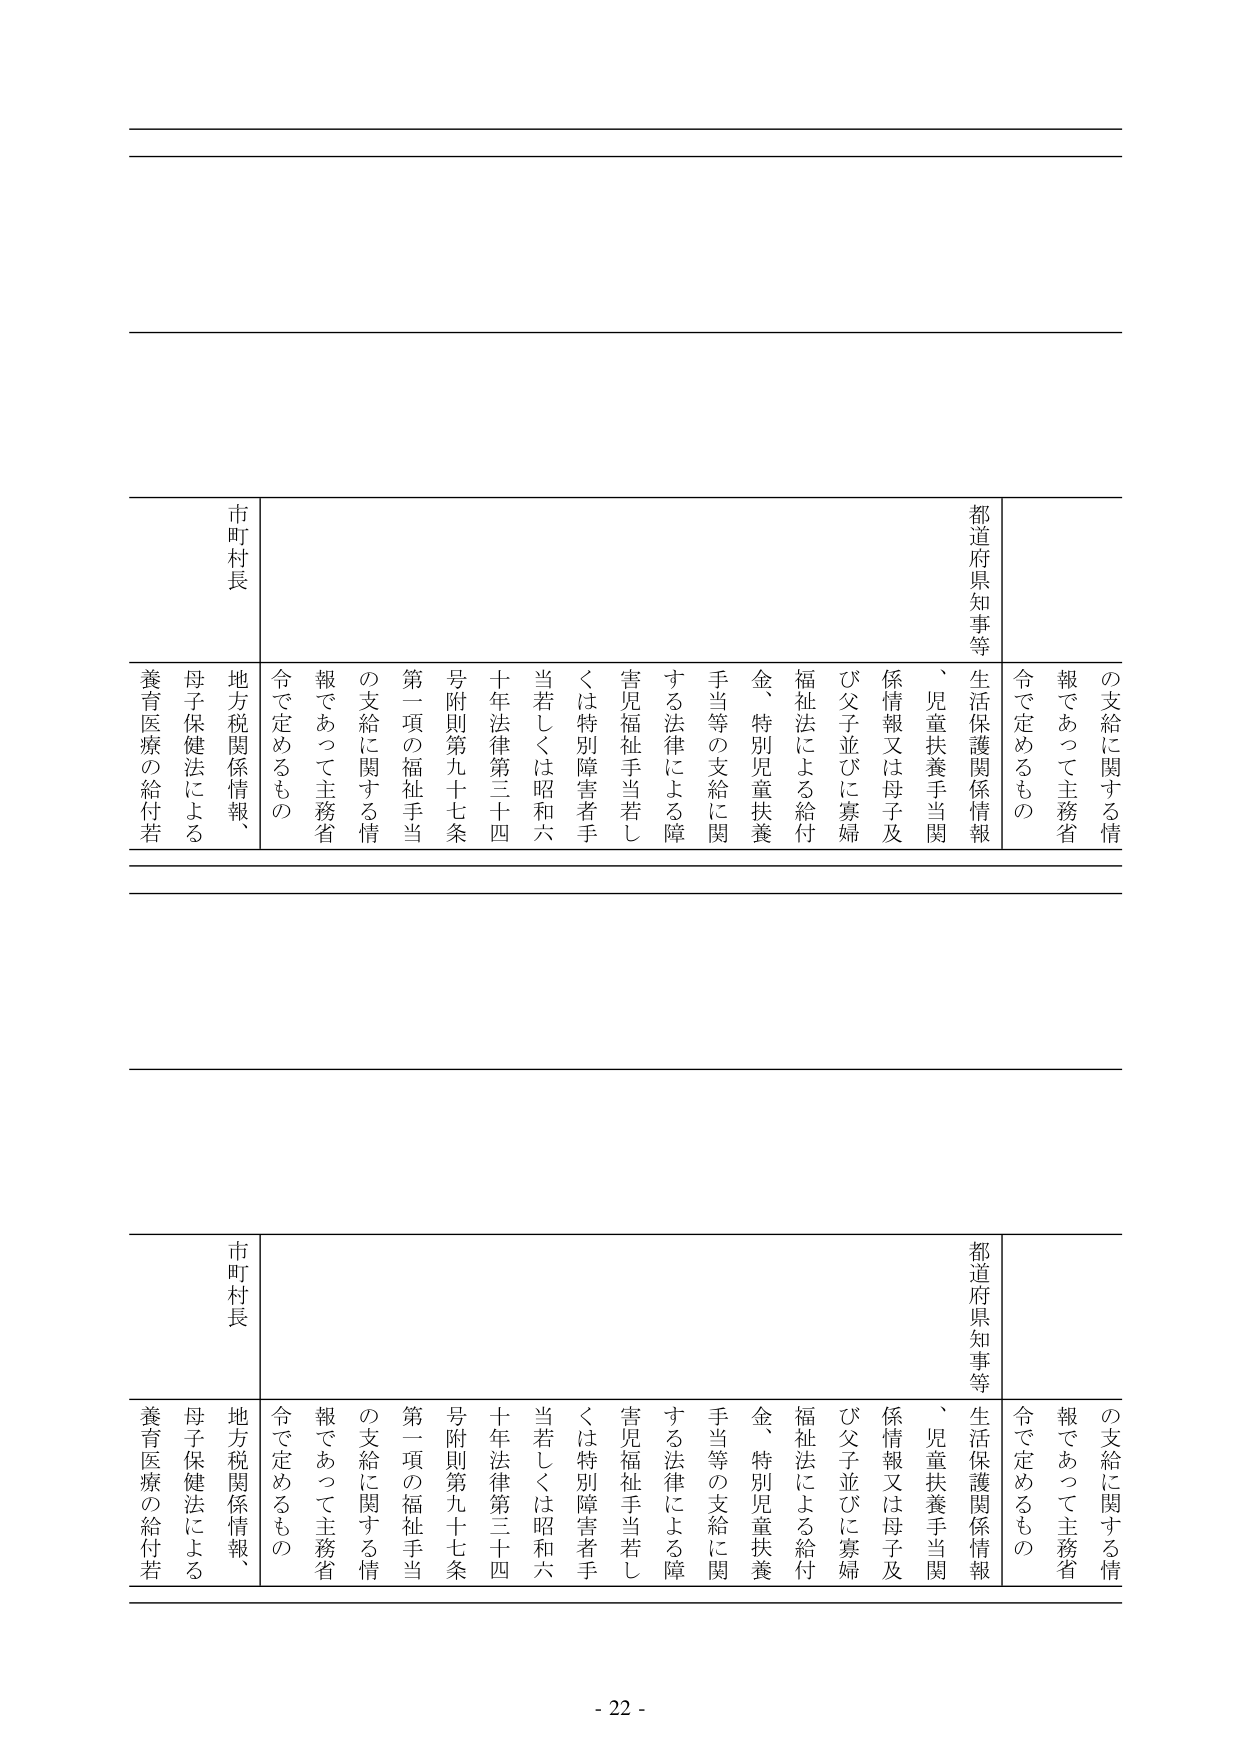
の支給に関する情報であって主務省令で定めるもの
都道府県知事等
生活保護関係情報、児童扶養手当関係情報又は母子及び父子並びに寡婦福祉法による給付金、特別児童扶養手当等の支給に関する法律による障害児福祉手当若しくは特別障害者手当若しくは昭和六十年法律第三十四条附則第九十七条第一項の福祉手当の支給に関する情報であって主務省令で定めるもの
市町村長
地方税関係情報、母子保健法による養育医療の給付若
の支給に関する情報であって主務省令で定めるもの
都道府県知事等
生活保護関係情報、児童扶養手当関係情報又は母子及び父子並びに寡婦福祉法による給付金、特別児童扶養手当等の支給に関する法律による障害児福祉手当若しくは特別障害者手当若しくは昭和六十年法律第三十四条附則第九十七条第一項の福祉手当の支給に関する情報であって主務省令で定めるもの
市町村長
地方税関係情報、母子保健法による養育医療の給付若
- 22 -